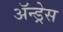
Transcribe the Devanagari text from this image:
ॲन्ड्रेस